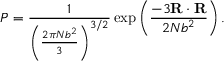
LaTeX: P = { \frac { 1 } { \left( { \frac { 2 \pi N b ^ { 2 } } { 3 } } \right) ^ { 3 / 2 } } } \exp \left( { \frac { - 3 \mathbf { R } \cdot \mathbf { R } } { 2 N b ^ { 2 } } } \right) .